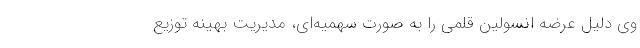
وی دلیل عرضه انسولین قلمی را به صورت سهمیه‌ای، مدیریت بهینه توزیع